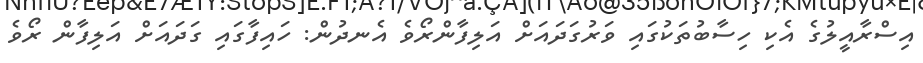
އިސްރާއީލުގެ އެކި ހިސާބުތަކުގައި ވަރުގަދައަށް އަލިފާންރޯވެ އެނދުން: ހައިފާގައި ގަދައަށް އަލިފާން ރޯވެ